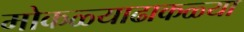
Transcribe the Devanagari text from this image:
मोकळ्याढाकळ्या